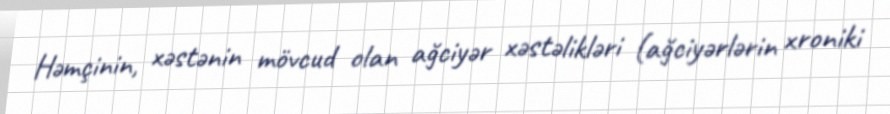
Həmçinin, xəstənin mövcud olan ağciyər xəstəlikləri (ağciyərlərin xroniki